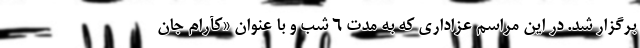
برگزار شد. در این مراسم عزاداری که به مدت ۶ شب و با عنوان «کآرام جان